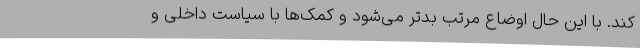
کند. با این حال اوضاع مرتب بدتر می‌شود و کمک‌ها با سیاست داخلی و